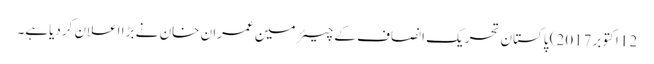
12 اکتوبر2017) پاکستان تحریک انصاف کے چیئرمین عمران خان نے بڑا اعلان کردیاہے۔